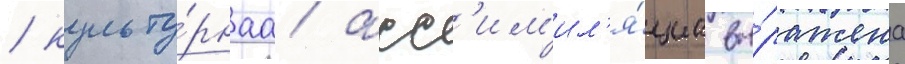
/ культу́рнаа асс'им'ил'я́циа вы́ражена